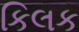
કિલક